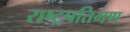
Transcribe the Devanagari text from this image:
राष्ट्रपतिगण